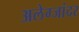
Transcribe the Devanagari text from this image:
अलेग्जांदर